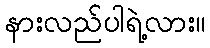
နားလည်ပါရဲ့လား။